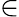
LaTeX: \in